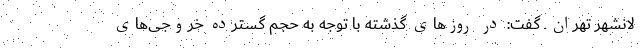
لانشهر تهران ـ گفت: در روزهای گذشته با توجه به حجم گسترده خروجی‌های